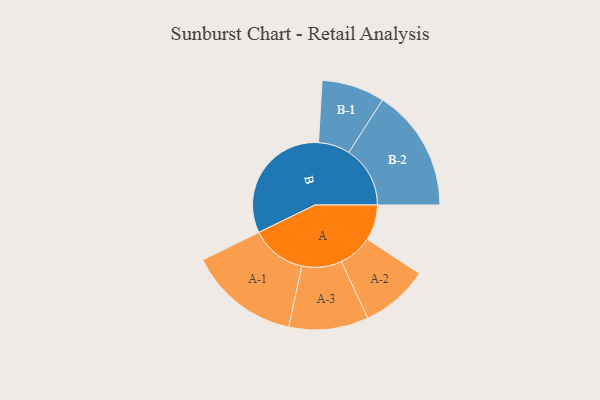
{"axis": {"x": "Segment", "y": "Value"}, "legend": ["", "A", "B"], "data": [{"x": "A", "y": 134, "type": ""}, {"x": "B", "y": 481, "type": ""}, {"x": "A-1", "y": 209, "type": "A"}, {"x": "A-2", "y": 128, "type": "A"}, {"x": "A-3", "y": 150, "type": "A"}, {"x": "B-1", "y": 119, "type": "B"}, {"x": "B-2", "y": 231, "type": "B"}]}